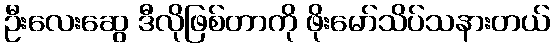
ဦးလေးဆွေ ဒီလိုဖြစ်တာကို ဖိုးမော်သိပ်သနားတယ်